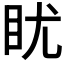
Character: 𪾡